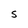
Character: S